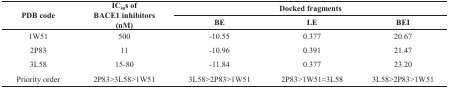
| <ROWSPAN=2> PDB code | <ROWSPAN=2> IC50s of BACE1 inhibitors (nM) | <COLSPAN=3> Docked fragments |
 | BE | LE | BEI |
 | --- | --- | --- | --- | --- |
 | 1W51 | 500 | -10.55 | 0.377 | 20.67 |
 | 2P83 | 11 | -10.96 | 0.391 | 21.47 |
 | 3L58 | 15-80 | -11.84 | 0.377 | 23.20 |
 | Priority order | 2P83>3L58>1W51 | 3L58>2P83>1W51 | 2P83>1W51≈3L58 | 3L58>2P83>1W51 |